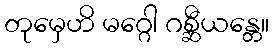
တုမှေဟိ မဂ္ဂေါ ဂစ္ဆီယန္တေ။